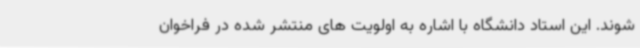
شوند. این استاد دانشگاه با اشاره به اولویت های منتشر شده در فراخوان